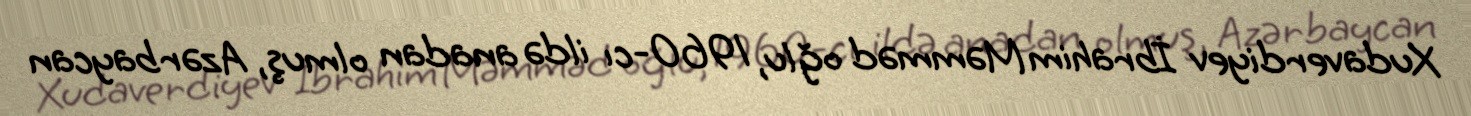
Xudaverdiyev İbrahim Məmməd oğlu, 1960-cı ildə anadan olmuş, Azərbaycan